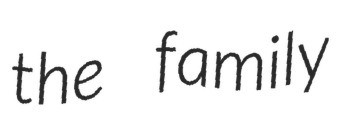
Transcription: the family